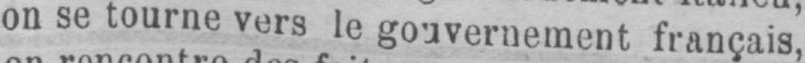
on se tourne vers le gouvernement français,